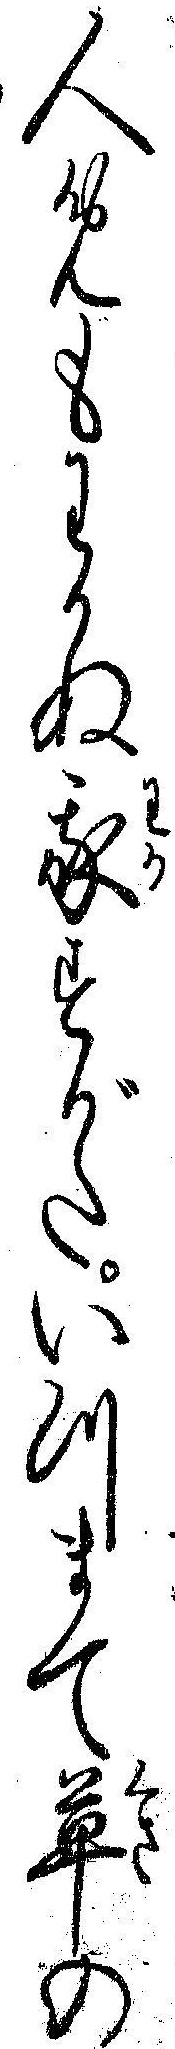
人めもわかぬ我すがたいつまて草の